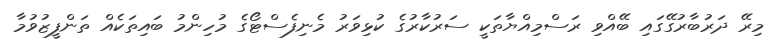
މިރޭ ދަރުބާރުގޭގައި ބޭއްވި ރަސްމިއްޔާތަކީ ސަރުކާރުގެ ކުޅިވަރު މެނިފެސްޓޯގެ މުހިންމު ބައިތަކެއް ތަންފީޒުވުމާ